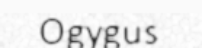
Ogygus